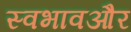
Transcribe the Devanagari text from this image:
स्वभावऔर